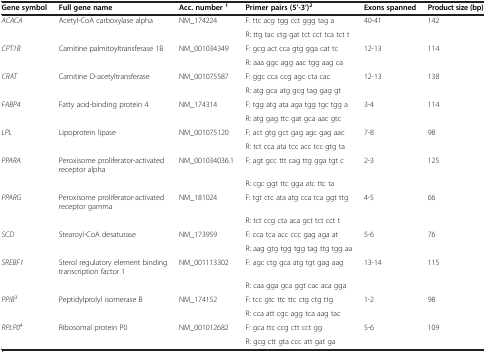
<table><thead><tr><td><b>Gene symbol</b></td><td><b>Full gene name</b></td><td><b>Acc. number <sup>1</sup></b></td><td><b>Primer pairs (5’-3’)<sup>2</sup></b></td><td><b>Exons spanned</b></td><td><b>Product size (bp)</b></td></tr></thead><tbody><tr><td><i>ACACA</i></td><td>Acetyl-CoA carboxylase alpha</td><td>NM_174224</td><td>F: ttc acg tgg cct ggg tag a</td><td>40-41</td><td>142</td></tr><tr><td> </td><td> </td><td> </td><td>R: ttg tac ctg gat tct cct tca tct t</td><td> </td><td> </td></tr><tr><td><i>CPT1B</i></td><td>Carnitine palmitoyltransferase 1B</td><td>NM_001034349</td><td>F: gcg act cca gtg gga cat tc</td><td>12-13</td><td>114</td></tr><tr><td> </td><td> </td><td> </td><td>R: aaa ggc agg aac tgg aag ca</td><td> </td><td> </td></tr><tr><td><i>CRAT</i></td><td>Carnitine O-acetyltransferase</td><td>NM_001075587</td><td>F: ggc cca ccg agc cta cac</td><td>12-13</td><td>138</td></tr><tr><td> </td><td> </td><td> </td><td>R: atg gca atg gcg tag gag gt</td><td> </td><td> </td></tr><tr><td><i>FABP4</i></td><td>Fatty acid-binding protein 4</td><td>NM_174314</td><td>F: tgg atg ata aga tgg tgc tgg a</td><td>3-4</td><td>114</td></tr><tr><td> </td><td> </td><td> </td><td>R: atg gag ttc gat gca aac gtc</td><td> </td><td> </td></tr><tr><td><i>LPL</i></td><td>Lipoprotein lipase</td><td>NM_001075120</td><td>F: act gtg gct gag agc gag aac</td><td>7-8</td><td>98</td></tr><tr><td> </td><td> </td><td> </td><td>R: tct cca ata tcc acc tcc gtg ta</td><td> </td><td> </td></tr><tr><td><i>PPARA</i></td><td>Peroxisome proliferator-activated receptor alpha</td><td>NM_001034036.1</td><td>F: agt gcc ttt cag ttg gga tgt c</td><td>2-3</td><td>125</td></tr><tr><td> </td><td> </td><td> </td><td>R: cgc ggt ttc gga atc ttc ta</td><td> </td><td> </td></tr><tr><td><i>PPARG</i></td><td>Peroxisome proliferator-activated receptor gamma</td><td>NM_181024</td><td>F: tgt ctc ata atg cca tca ggt ttg</td><td>4-5</td><td>66</td></tr><tr><td> </td><td> </td><td> </td><td>R: tct ccg cta aca gct tct cct t</td><td> </td><td> </td></tr><tr><td><i>SCD</i></td><td>Stearoyl-CoA desaturase</td><td>NM_173959</td><td>F: cca tca acc ccc gag aga at</td><td>5-6</td><td>76</td></tr><tr><td> </td><td> </td><td> </td><td>R: aag gtg tgg tgg tag ttg tgg aa</td><td> </td><td> </td></tr><tr><td><i>SREBF1</i></td><td>Sterol regulatory element binding transcription factor 1</td><td>NM_001113302</td><td>F: agc ctg gca atg tgt gag aag</td><td>13-14</td><td>115</td></tr><tr><td> </td><td> </td><td> </td><td>R: caa gga gca ggt cac aca gga</td><td> </td><td> </td></tr><tr><td rowspan="2"><i>PPIB</i><sup>3</sup></td><td rowspan="2">Peptidylprolyl isomerase B</td><td rowspan="2">NM_174152</td><td>F: tcc gtc ttc ttc ctg ctg ttg</td><td rowspan="2">1-2</td><td rowspan="2">98</td></tr><tr><td>R: cca att cgc agg tca aag tac</td></tr><tr><td><i>RPLP0</i><sup>4</sup></td><td>Ribosomal protein P0</td><td>NM_001012682</td><td>F: gca ttc ccg ctt cct gg</td><td>5-6</td><td>109</td></tr><tr><td> </td><td> </td><td> </td><td>R: gcg ctt gta ccc att gat ga</td><td> </td><td> </td></tr></tbody></table>